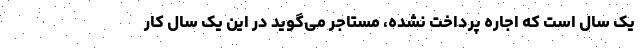
یک سال است که اجاره پرداخت نشده، مستاجر می‌گوید در این یک سال کار